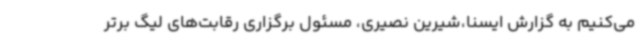
می‌کنیم به گزارش ایسنا،شیرین نصیری، مسئول برگزاری رقابت‌های لیگ برتر